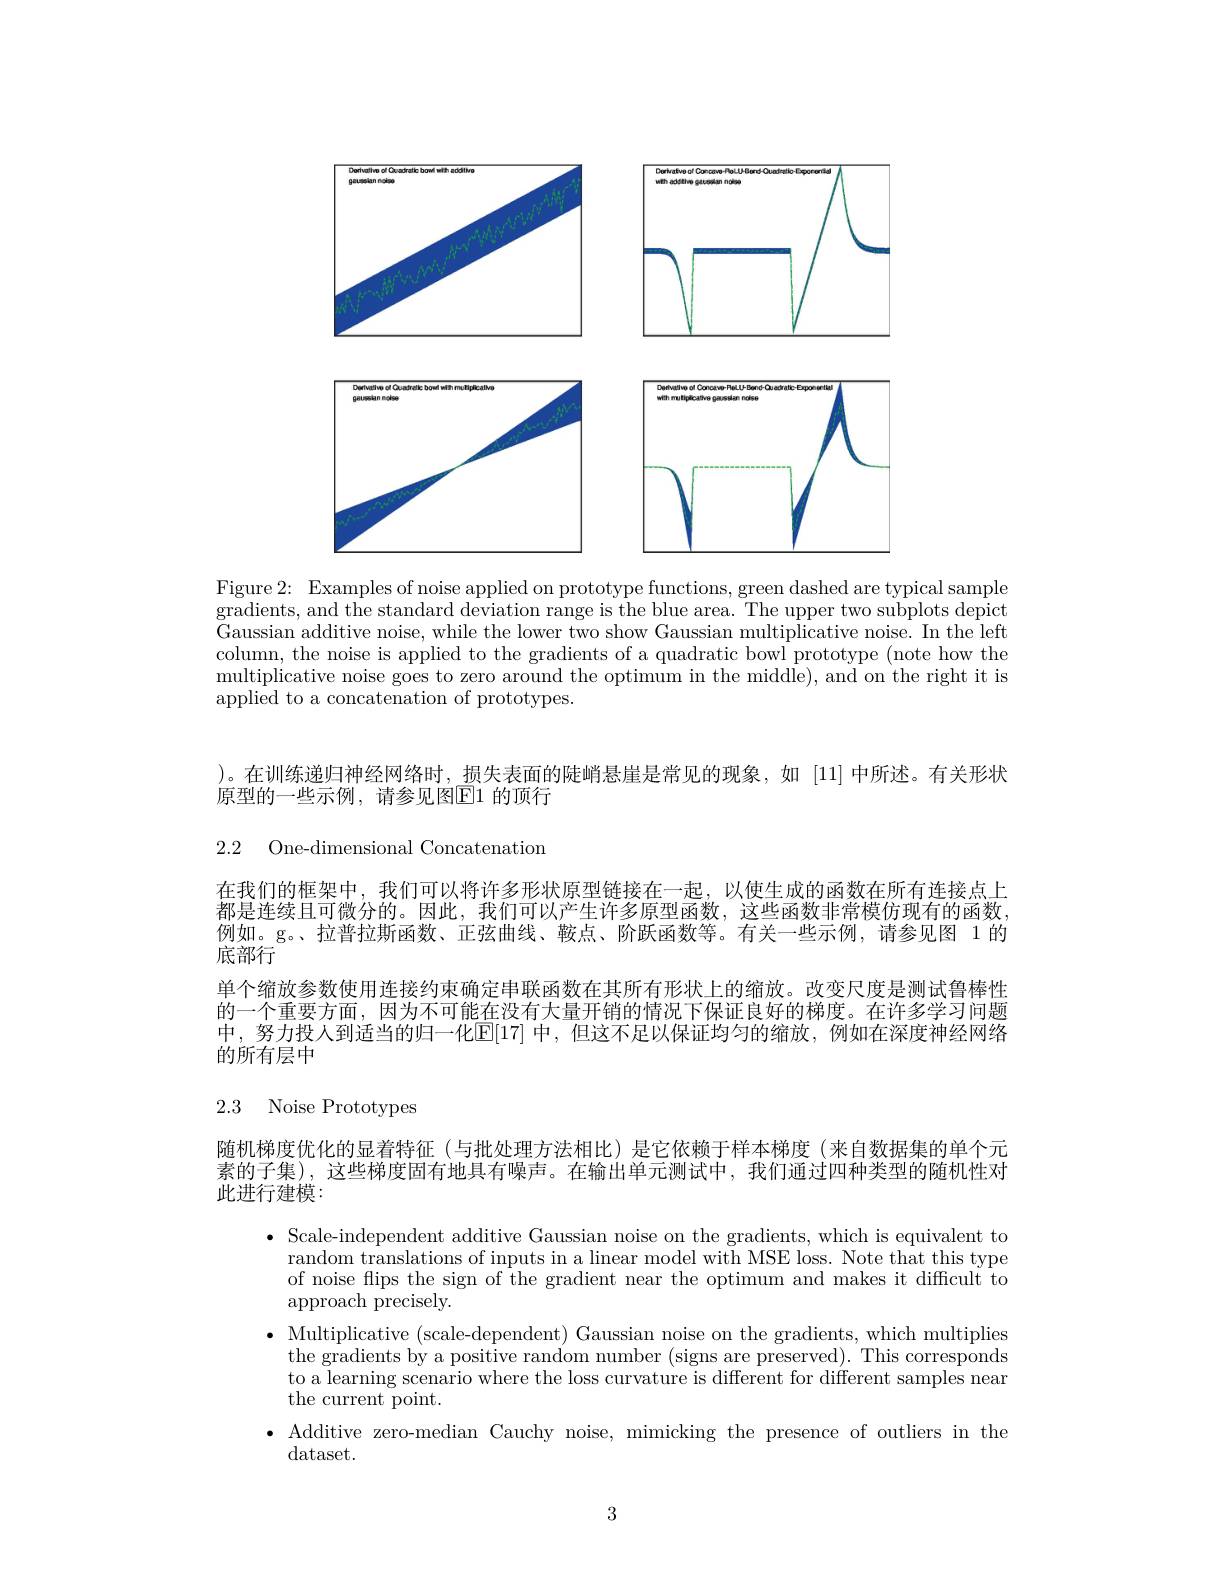
<FigureHere>
Figure 2: Examples of noise applied on prototype functions, green dashed are typical sample

gradients, and the standard deviation range is the blue area. The upper two subplots depict $\bar{\text{Gaussian additive noise, while the lower two show Gaussian multiplicative noise. In the left}}$ column, the noise is applied to the gradients of a quadratic bowl prototype (note how the multiplicative noise goes to zero around the optimum in the middle), and on the right it is applied to a concatenation of prototypes.

)。在训练递归神经网络时，损失表面的陡峭悬崖是常见的现象，如 [11]中所述。有关形状
原型的一些示例，请参见图$\mathbb{E}$1 的顶行

2.2 One-dimensional Concatenation

在我们的框架中，我们可以将许多形状原型链接在一起，以使生成的函数在所有连接点上都是连续且可微分的。因此，我们可以产生许多原型函数，这些函数非常模仿现有的函数例如。g。拉普拉斯函数、正弦曲线、鞍点、阶跃函数等。有关一些示例，请参见图 1的底部行
单个缩放参数使用连接约束确定串联函数在其所有形状上的缩放。改变尺度是测试鲁棒性的一个重要方面，因为不可能在没有大量开销的情况下保证良好的梯度。在许多学习问题中，努力投人到适当的归一化$\mathbb{E}[17]$ 中，但这不足以保证均匀的缩放，例如在深度神经网络的所有层中

# 2.3 Noise Prototypes

随机梯度优化的显着特征(与批处理方法相比)是它依赖于样本梯度(来自数据集的单个元素的子集),这些梯度固有地具有噪声。在输出单元测试中，我们通过四种类型的随机性对此进行建模：

$\bullet$ Scale-independent additive Gaussian noise on the gradients, which is equivalent to
random translations of inputs in a linear model with MSE loss. Note that this type of noise flips the sign of the gradient near the optimum and makes it difficult to approach precisely.
$\bullet$ Multiplicative (scale-dependent) Gaussian noise on the gradients, which multiplies the gradients by a positive random number (signs are preserved). This corresponds to a learning scenario where the loss curvature is different for different samples near the current point.
$\bullet$ Additive zero-median Cauchy noise, mimicking the presence of outliers in the
dataset.

3